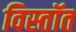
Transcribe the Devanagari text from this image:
विस्तॉत